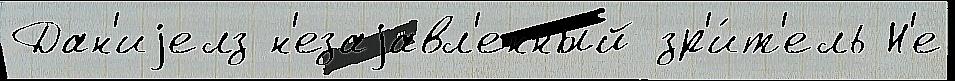
Дан'иjелз н'езаjавл'енный зр'и́т'ель Н'е